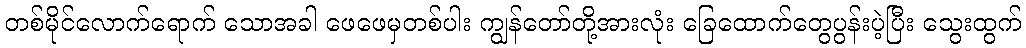
တစ်မိုင်လောက်ရောက် သောအခါ ဖေဖေမှတစ်ပါး ကျွန်တော်တို့အားလုံး ခြေထောက်တွေပွန်းပဲ့ပြီး သွေးထွက်